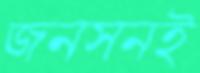
জনসনই